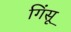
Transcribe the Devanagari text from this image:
गिंसू